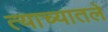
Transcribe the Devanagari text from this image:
त्याच्यातले